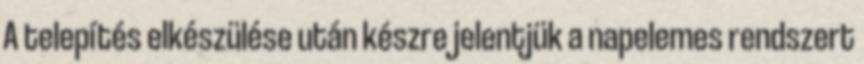
A telepítés elkészülése után készre jelentjük a napelemes rendszert